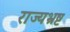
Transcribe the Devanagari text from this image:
राज्यभ्रष्ट